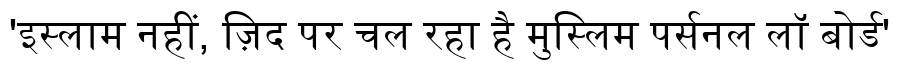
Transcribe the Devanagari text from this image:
'इस्लाम नहीं, ज़िद पर चल रहा है मुस्लिम पर्सनल लॉ बोर्ड'